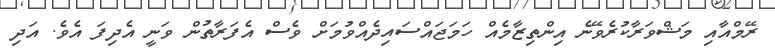
ރޭމްއާއި މަޝްވަރާކުރެވޭނެ އިންތިޒާމެއް ހަމަޖައްސައިދެއްވުމަށް ވެސް އެފަރާތުން ވަނީ އެދިފަ އެވެ. އަދި